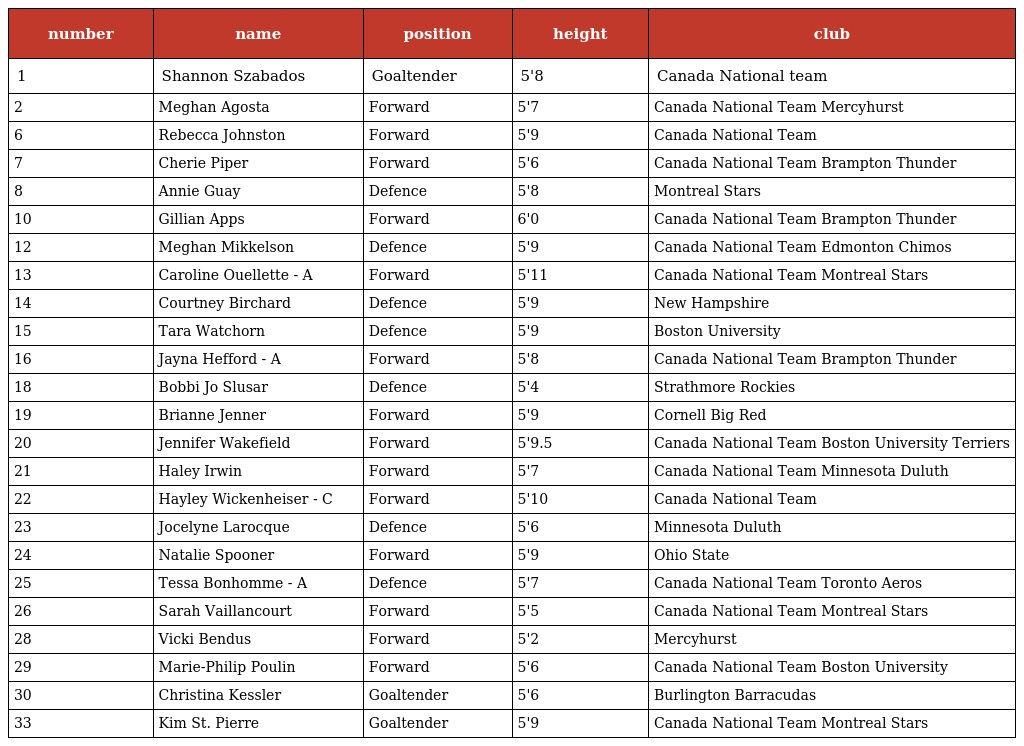
| number | name | position | height | club |
 | --- | --- | --- | --- | --- |
 | 1 | Shannon Szabados | Goaltender | 5'8 | Canada National team |
 | 2 | Meghan Agosta | Forward | 5'7 | Canada National Team Mercyhurst |
 | 6 | Rebecca Johnston | Forward | 5'9 | Canada National Team |
 | 7 | Cherie Piper | Forward | 5'6 | Canada National Team Brampton Thunder |
 | 8 | Annie Guay | Defence | 5'8 | Montreal Stars |
 | 10 | Gillian Apps | Forward | 6'0 | Canada National Team Brampton Thunder |
 | 12 | Meghan Mikkelson | Defence | 5'9 | Canada National Team Edmonton Chimos |
 | 13 | Caroline Ouellette - A | Forward | 5'11 | Canada National Team Montreal Stars |
 | 14 | Courtney Birchard | Defence | 5'9 | New Hampshire |
 | 15 | Tara Watchorn | Defence | 5'9 | Boston University |
 | 16 | Jayna Hefford - A | Forward | 5'8 | Canada National Team Brampton Thunder |
 | 18 | Bobbi Jo Slusar | Defence | 5'4 | Strathmore Rockies |
 | 19 | Brianne Jenner | Forward | 5'9 | Cornell Big Red |
 | 20 | Jennifer Wakefield | Forward | 5'9.5 | Canada National Team Boston University Terriers |
 | 21 | Haley Irwin | Forward | 5'7 | Canada National Team Minnesota Duluth |
 | 22 | Hayley Wickenheiser - C | Forward | 5'10 | Canada National Team |
 | 23 | Jocelyne Larocque | Defence | 5'6 | Minnesota Duluth |
 | 24 | Natalie Spooner | Forward | 5'9 | Ohio State |
 | 25 | Tessa Bonhomme - A | Defence | 5'7 | Canada National Team Toronto Aeros |
 | 26 | Sarah Vaillancourt | Forward | 5'5 | Canada National Team Montreal Stars |
 | 28 | Vicki Bendus | Forward | 5'2 | Mercyhurst |
 | 29 | Marie-Philip Poulin | Forward | 5'6 | Canada National Team Boston University |
 | 30 | Christina Kessler | Goaltender | 5'6 | Burlington Barracudas |
 | 33 | Kim St. Pierre | Goaltender | 5'9 | Canada National Team Montreal Stars |